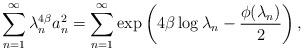
LaTeX: \begin{align*}\sum_{n=1}^{\infty}\lambda_{n}^{4\beta}a_{n}^{2}=\sum_{n=1}^{\infty}\exp\left(4\beta\log\lambda_{n}-\frac{\phi(\lambda_{n})}{2}\right),\end{align*}